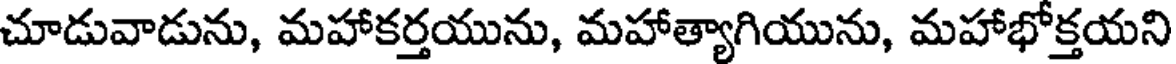
చూడువాడును, మహాకర్తయును, మహాత్యాగియును, మహాభోక్తయని